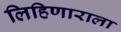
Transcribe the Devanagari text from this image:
लिहिणाराला